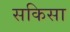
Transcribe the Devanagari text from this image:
सकिसा